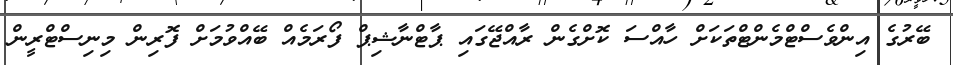
ބޭރުގެ އިންވެސްޓްމެންޓްތަކަށް ހާއްސަ ކޮށްގެން ރާއްޖޭގައި ޕާޓްނާޝިޕް ފޯރަމެއް ބޭއްވުމަށް ފޮރިން މިނިސްޓްރީން